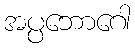
အပ္ပဘောဂေါ